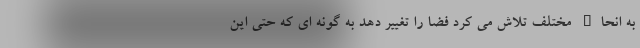
به انحاء مختلف تلاش می کرد فضا را تغییر دهد به گونه ای که حتی این